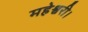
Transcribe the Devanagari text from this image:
महेश्वरी।